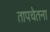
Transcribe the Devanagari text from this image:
तापचेतना